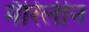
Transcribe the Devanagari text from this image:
मॅरिलीन